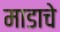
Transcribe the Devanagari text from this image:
माडाचे